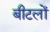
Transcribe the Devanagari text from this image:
बीटलों